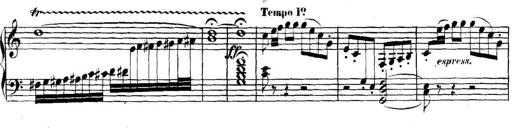
Title: Collected Piano Sonatas
Composer: Muzio Clementi